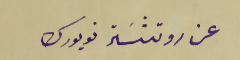
عن روتشسَتر نويورك